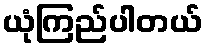
ယုံကြည်ပါတယ်